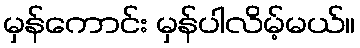
မှန်ကောင်း မှန်ပါလိမ့်မယ်။